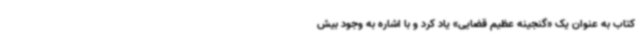
کتاب به عنوان یک «گنجینه عظیم قضایی» یاد کرد و با اشاره به وجود بیش